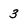
Character: 3